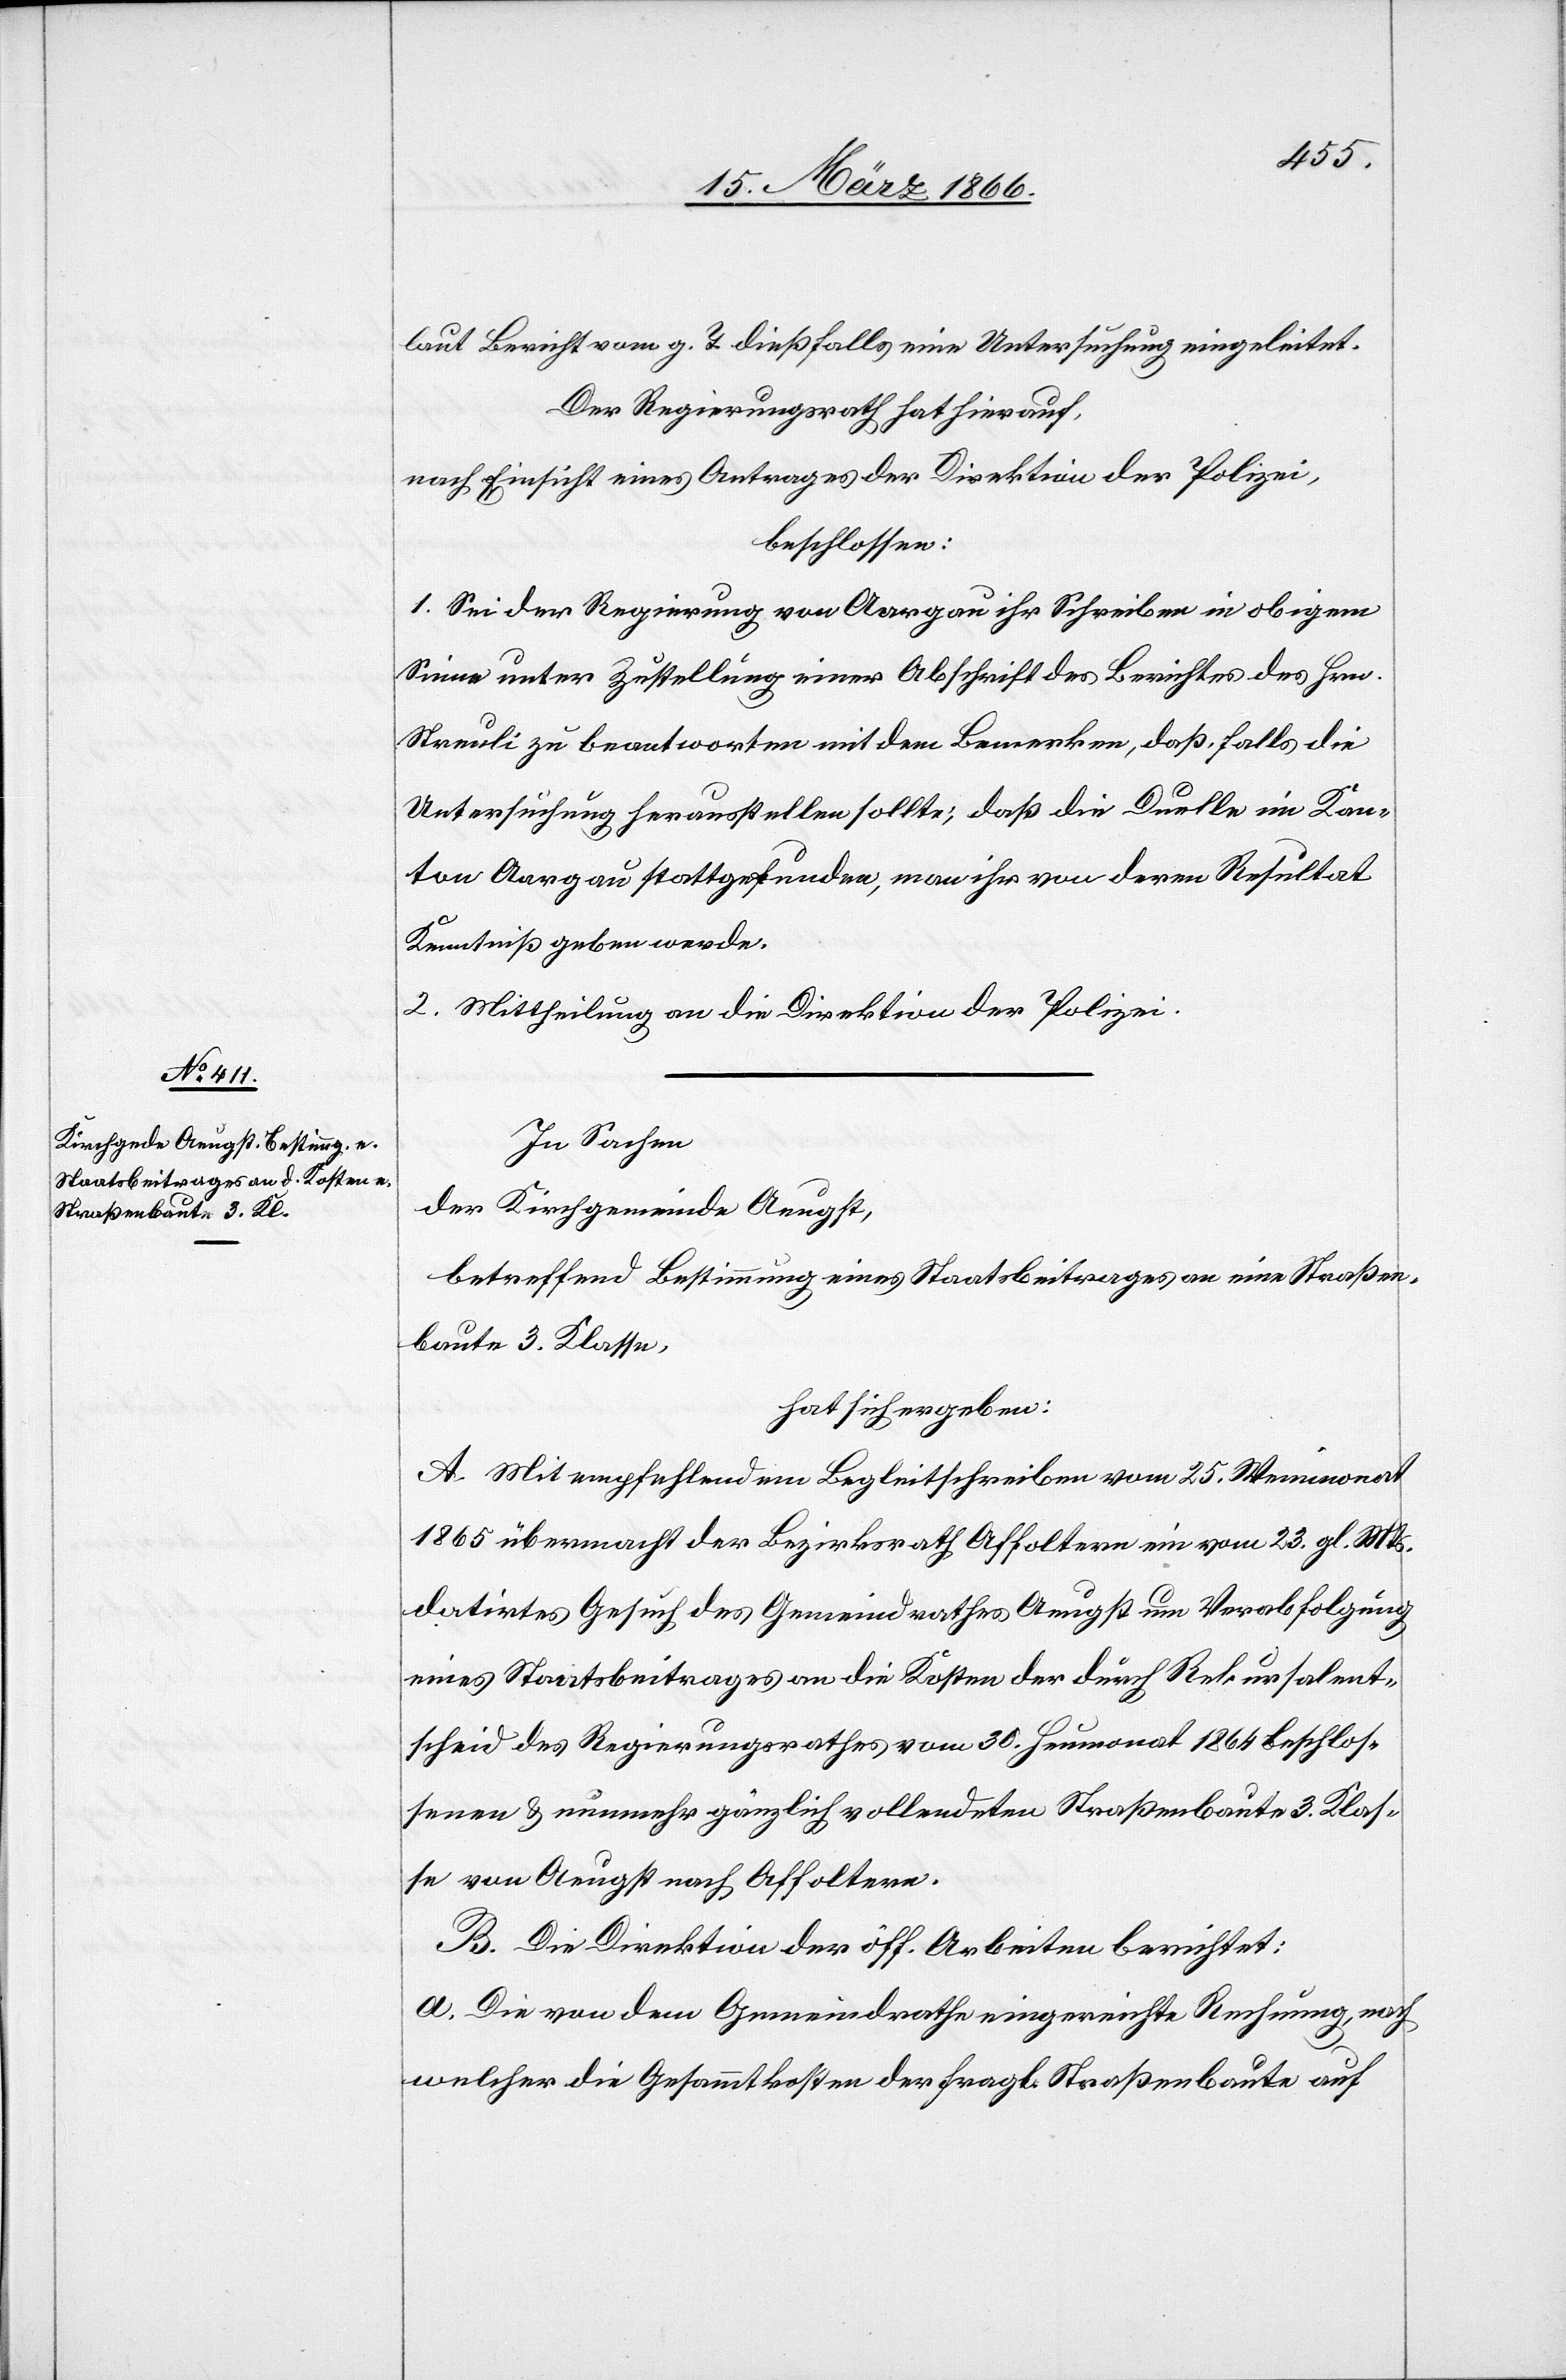
laut Bericht vom g. T. dießfalls eine Untersuchung eingeleitet.
Der Regierungsrath hat hierauf,
nach Einsicht eines Antrages der Direktion der Polizei,
beschlossen:
1. Sei der Regierung von Aargau an ihr Schreiben in obigem
Sinne unter Zustellung einer Abschrift des Berichtes des Hrn.
Streuli zu beantworten mit dem Bemerken, daß, falls die
Untersuchung herausstellen sollte, daß die Duelle im Kan¬
ton Aargau stattgefunden, man ihr von deren Resultat
Kenntniß geben werde.
2. Mittheilung an die Direktion der Polizei.
In Sachen
der Kirchgemeinde Aeugst,
betreffend Bestimmung eines Staatsbeitrages an eine Straßen¬
baute 3. Klasse,
hat sich ergeben:
A. Mit empfehlendem Begleitschreiben vom 25. Weinmonat
1865 übermacht der Bezirksrath Affoltern ein vom 23. gl. Mts.
datirtes Gesuch des Gemeindrathes Aeugst um Verabfolgung
eines Staatsbeitrages an die Kosten der durch Rekursalent¬
scheid des Regierungsrathes vom 39. Heumonat 1864 beschlos¬
senen u. nunmehr gänzlich vollendeten Straßenbaute 3. Klas¬
se von Aeugst nach Affoltern.
B. Die Direktion der öff. Arbeiten berichtet:
a. Die von dem Gemeindrathe eingereichte Rechnung, nach
welcher die Gesammtkosten der fragl. Straßenbaute auf